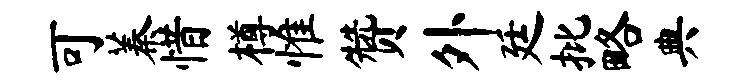
可蓁惜樽惟赞外廷批略典